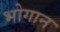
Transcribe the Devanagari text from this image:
भोगान